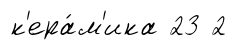
к'ера́м'ика 23 2